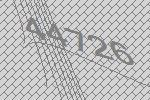
44726